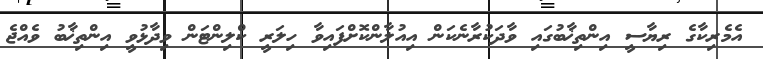
އެމެރިކާގެ ރިޔާސީ އިންތިޚާބުގައި ވާދަކުރާނެކަން އިއުލާންކޮށްފައިވާ ހިލަރީ ކްލިންޓަން ވިދާޅުވީ އިންތިޚާބު ވެއްޖެ